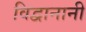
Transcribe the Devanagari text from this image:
विद्वानानी